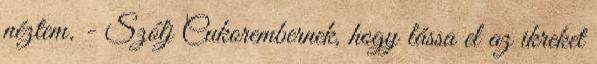
néztem. - Szólj Cukorembernek, hogy lássa el az ikreket